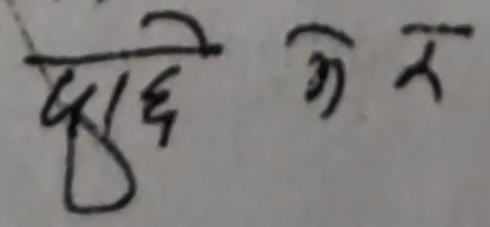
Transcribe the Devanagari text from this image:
दुई छे कै त्र